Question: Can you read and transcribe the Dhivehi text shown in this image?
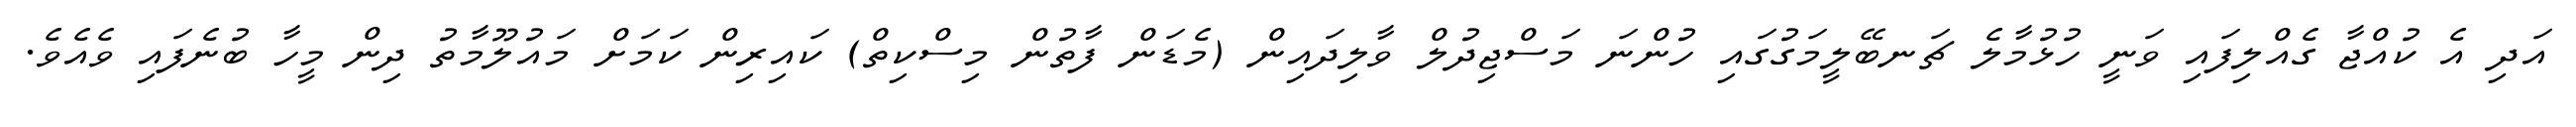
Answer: އަދި އެ ކުއްޖާ ގެއްލިފައި ވަނީ ހުޅުމާލެ ޗަނބޭލީމަގުގައި ހުންނަ މަސްޖިދުލް ވާލިދައިން (މެޑަން ފާތުން މިސްކިތް) ކައިރިން ކަމަށް މައުލޫމާތު ދިން މީހާ ބުނެފައި ވެއެވެ.